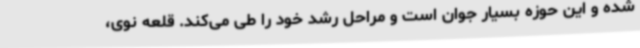
شده و این حوزه بسیار جوان است و مراحل رشد خود را طی می‌کند. قلعه نوی،